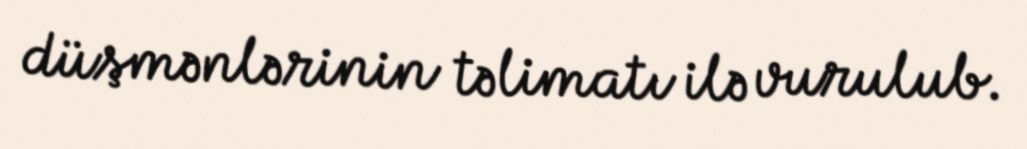
düşmənlərinin təlimatı ilə vurulub.